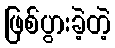
ဖြစ်ပွားခဲ့တဲ့